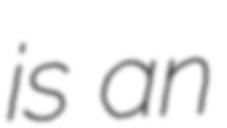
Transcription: is an